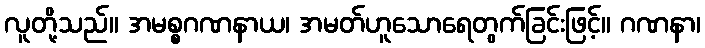
လူတို့သည်။ အမစ္စဂဏနာယ၊ အမတ်ဟူသောရေတွက်ခြင်းဖြင့်။ ဂဏနာ၊